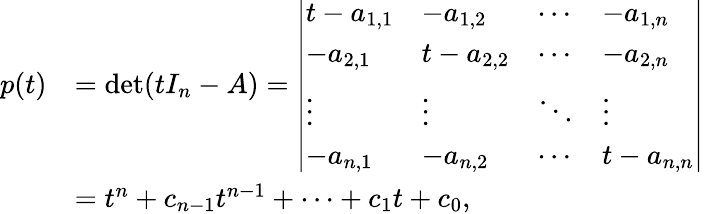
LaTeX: {\begin{array}{rl}{p(t)}&{=\operatorname*{det}(tI_{n}-A)={\left|\begin{array}{llll}{t-a_{1,1}}&{-a_{1,2}}&{\cdots}&{-a_{1,n}}\\ {-a_{2,1}}&{t-a_{2,2}}&{\cdots}&{-a_{2,n}}\\ {\vdots}&{\vdots}&{\ddots}&{\vdots}\\ {-a_{n,1}}&{-a_{n,2}}&{\cdots}&{t-a_{n,n}}\end{array}\right|}}\\ &{=t^{n}+c_{n-1}t^{n-1}+\cdots+c_{1}t+c_{0},}\end{array}}